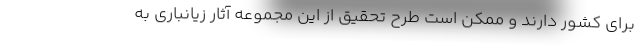
برای کشور دارند و ممکن است طرح تحقیق از این مجموعه آثار زیانباری به